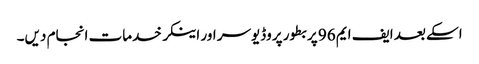
اسکے بعد ایف ایم 96 پر بطور پروڈیوسر اور اینکر خدمات انجام دیں۔